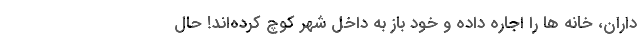
داران، خانه ها را اجاره داده و خود باز به داخل شهر کوچ کرده‌اند! حال